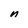
Character: n